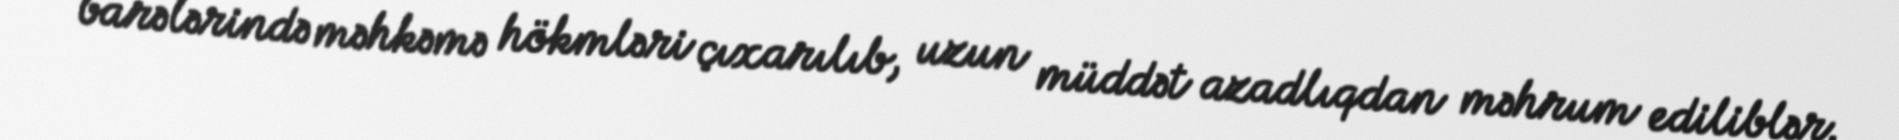
barələrində məhkəmə hökmləri çıxarılıb, uzun müddət azadlıqdan məhrum ediliblər.